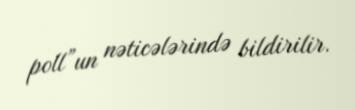
poll”un nəticələrində bildirilir.